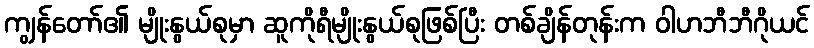
ကျွန်တော်၏ မျိုးနွယ်စုမှာ ဆူကိုရီမျိုးနွယ်စုဖြစ်ပြီး တစ်ချိန်တုန်းက ဝါဟဘီဘီဂိုယင်